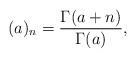
LaTeX: \begin{align*}(a)_n=\frac{\Gamma(a+n)}{\Gamma(a)},\end{align*}